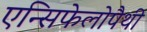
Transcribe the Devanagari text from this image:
एन्सिफेलोपैथी